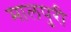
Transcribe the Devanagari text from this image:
मालपुरी